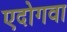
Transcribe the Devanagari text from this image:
एदोगवा